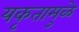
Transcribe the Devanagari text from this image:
यकृतामुळे